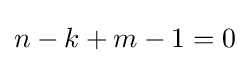
n-k+m-1=0